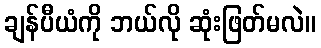
ချန်ပီယံကို ဘယ်လို ဆုံးဖြတ်မလဲ။